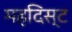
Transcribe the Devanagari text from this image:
महदिस्ट